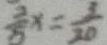
\frac { 2 } { 5 } x = \frac { 3 } { 2 0 }